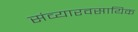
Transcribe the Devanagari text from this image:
संव्यारवसायिक